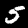
Label: 5